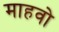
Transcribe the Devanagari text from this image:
माहवो